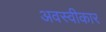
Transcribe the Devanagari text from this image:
अवस्वीकार